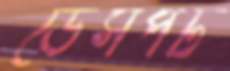
ডেসপট